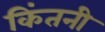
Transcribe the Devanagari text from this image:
किंतनी